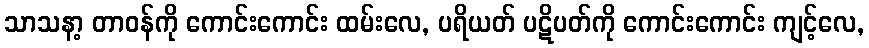
သာသနာ့ တာဝန်ကို ကောင်းကောင်း ထမ်းလေ, ပရိယတ် ပဋိပတ်ကို ကောင်းကောင်း ကျင့်လေ,